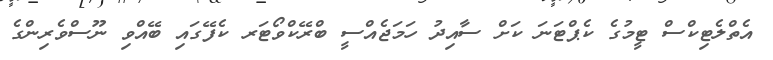
އެތްލެޓިކްސް ޓީމުގެ ކެޕްޓަނަ ކަށް ސާއިދު ހަމަޖެއްސީ ބްރޭކްވޯޓަރ ކެފޭގައި ބޭއްވި ނޫސްވެރިންގެ